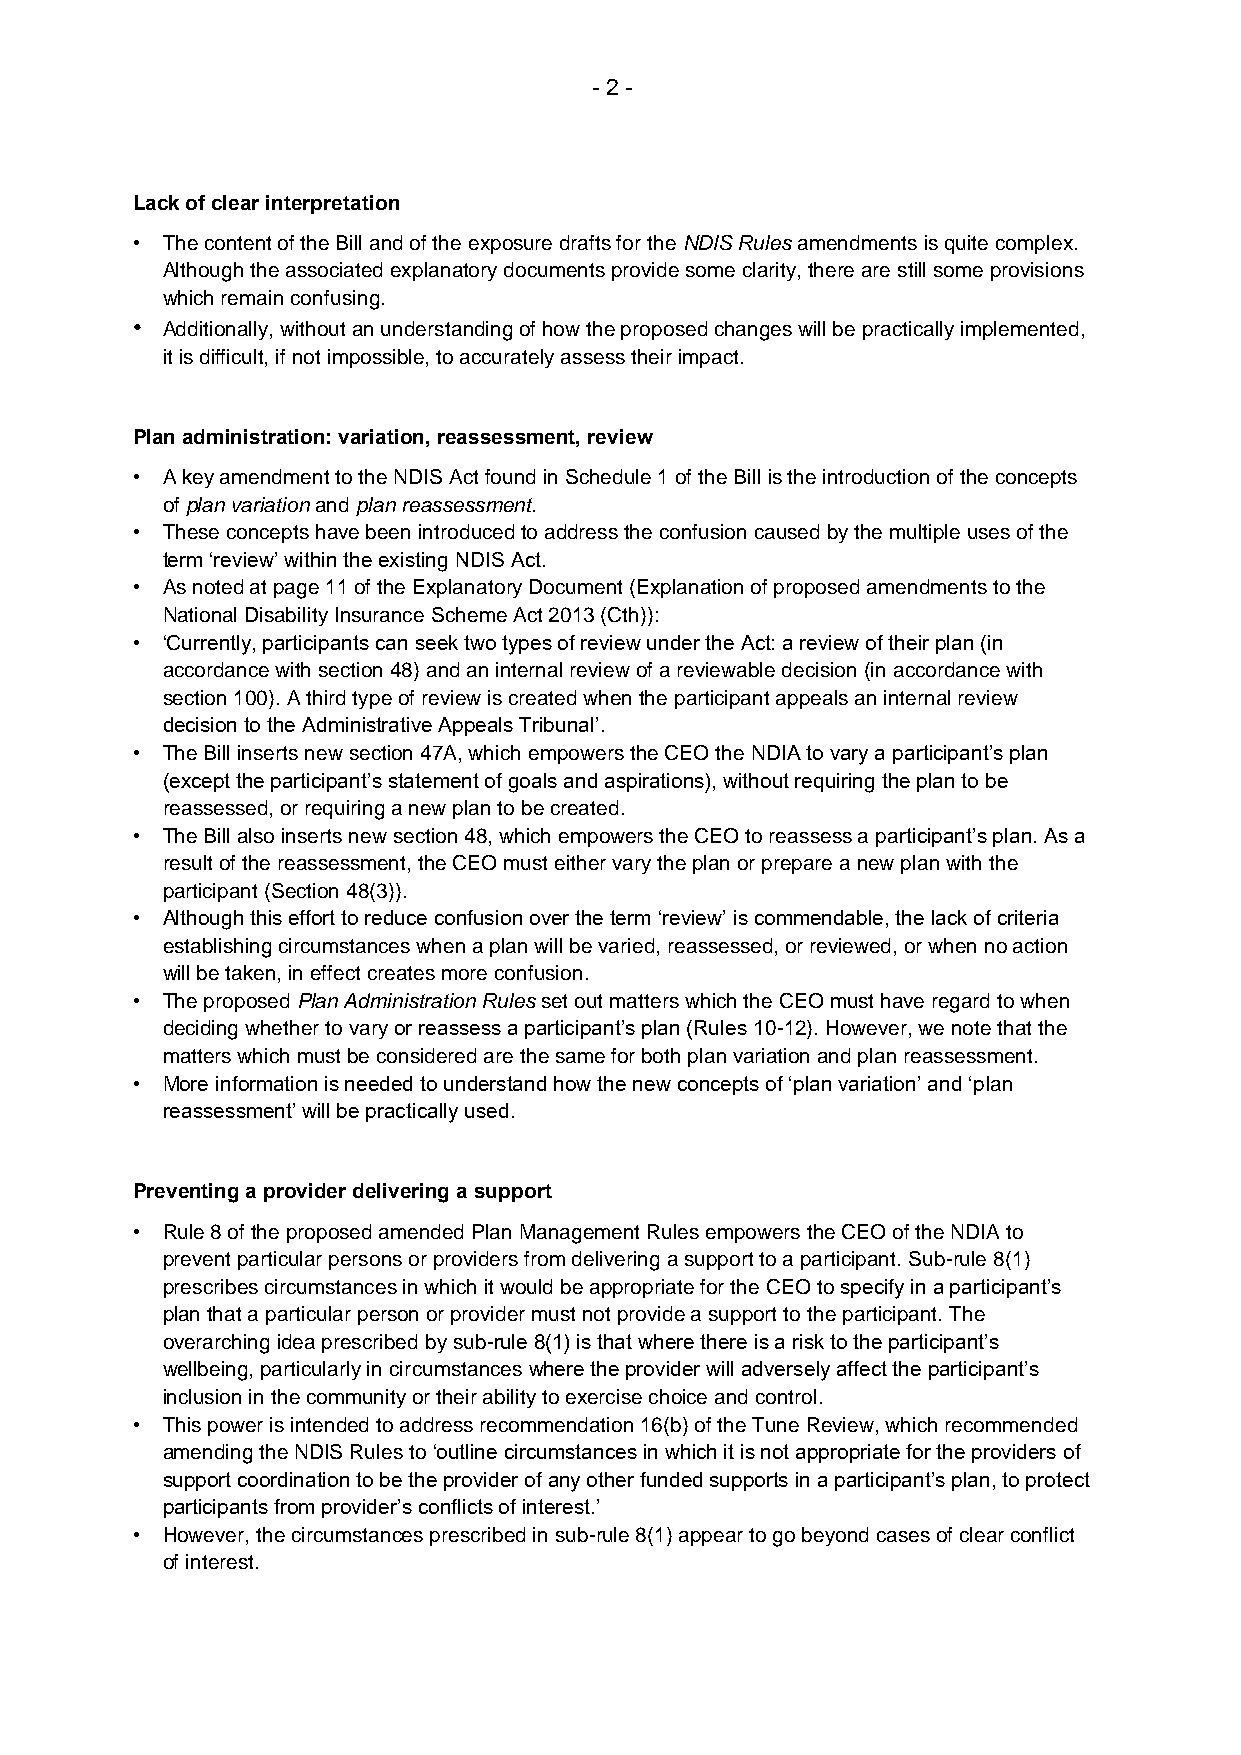
- 2 -
 Lack of clear interpretation
 • The content of the Bill and of the exposure drafts for the NDIS Rules amendments is quite complex.
 Although the associated explanatory documents provide some clarity, there are still some provisions
 which remain confusing.
 • Additionally, without an understanding of how the proposed changes will be practically implemented,
 it is difficult, if not impossible, to accurately assess their impact.
 Plan administration: variation, reassessment, review
 • A key amendment to the NDIS Act found in Schedule 1 of the Bill is the introduction of the concepts
 of plan variation and plan reassessment.
 • These concepts have been introduced to address the confusion caused by the multiple uses of the
 term ‘review’ within the existing NDIS Act.
 • As noted at page 11 of the Explanatory Document (Explanation of proposed amendments to the
 National Disability Insurance Scheme Act 2013 (Cth)):
 • ‘Currently, participants can seek two types of review under the Act: a review of their plan (in
 accordance with section 48) and an internal review of a reviewable decision (in accordance with
 section 100). A third type of review is created when the participant appeals an internal review
 decision to the Administrative Appeals Tribunal’.
 • The Bill inserts new section 47A, which empowers the CEO the NDIA to vary a participant’s plan
 (except the participant’s statement of goals and aspirations), without requiring the plan to be
 reassessed, or requiring a new plan to be created.
 • The Bill also inserts new section 48, which empowers the CEO to reassess a participant’s plan. As a
 result of the reassessment, the CEO must either vary the plan or prepare a new plan with the
 participant (Section 48(3)).
 • Although this effort to reduce confusion over the term ‘review’ is commendable, the lack of criteria
 establishing circumstances when a plan will be varied, reassessed, or reviewed, or when no action
 will be taken, in effect creates more confusion.
 • The proposed Plan Administration Rules set out matters which the CEO must have regard to when
 deciding whether to vary or reassess a participant’s plan (Rules 10-12). However, we note that the
 matters which must be considered are the same for both plan variation and plan reassessment.
 • More information is needed to understand how the new concepts of ‘plan variation’ and ‘plan
 reassessment’ will be practically used.
 Preventing a provider delivering a support
 • Rule 8 of the proposed amended Plan Management Rules empowers the CEO of the NDIA to
 prevent particular persons or providers from delivering a support to a participant. Sub-rule 8(1)
 prescribes circumstances in which it would be appropriate for the CEO to specify in a participant’s
 plan that a particular person or provider must not provide a support to the participant. The
 overarching idea prescribed by sub-rule 8(1) is that where there is a risk to the participant’s
 wellbeing, particularly in circumstances where the provider will adversely affect the participant’s
 inclusion in the community or their ability to exercise choice and control.
 • This power is intended to address recommendation 16(b) of the Tune Review, which recommended
 amending the NDIS Rules to ‘outline circumstances in which it is not appropriate for the providers of
 support coordination to be the provider of any other funded supports in a participant’s plan, to protect
 participants from provider’s conflicts of interest.’
 • However, the circumstances prescribed in sub-rule 8(1) appear to go beyond cases of clear conflict
 of interest.